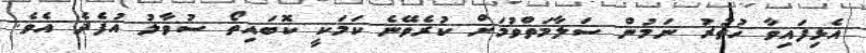
އެޅިފައިވާ ހުތުރު ނަމުން ސަލާމަތްވުމަށް ކުރެވޭނެ ކަމަކީ ކޮބައިތޯ ސުވާލު އުފެދެ އެވެ.